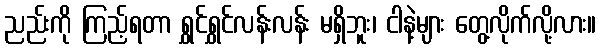
ညည်းကို ကြည့်ရတာ ရွှင်ရွှင်လန်းလန်း မရှိဘူး၊ ငါနဲ့များ တွေ့လိုက်လို့လား။